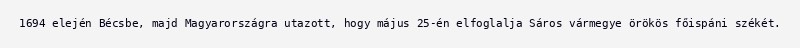
1694 elején Bécsbe, majd Magyarországra utazott, hogy május 25-én elfoglalja Sáros vármegye örökös főispáni székét.